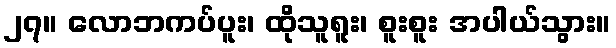
၂၇။ လောဘကပ်ပူး၊ ထိုသူရူး၊ စူးစူး အပါယ်သွား။